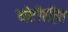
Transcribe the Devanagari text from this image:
चोटीरहित